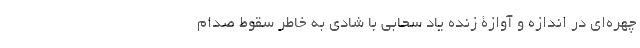
چهره‌ای در اندازه و آوازۀ زنده یاد سحابی با شادی به خاطر سقوط صدام